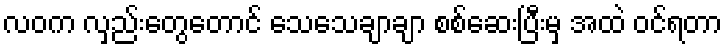
လဝက လှည်းတွေတောင် သေသေချာချာ စစ်ဆေးပြီးမှ အထဲ ဝင်ရတာ